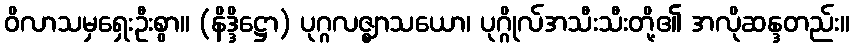
ဝိလာသမှရှေးဦးစွာ။ (နိဒ္ဒိဋ္ဌော) ပုဂ္ဂလဇ္ဈာသယော၊ ပုဂ္ဂိုလ်အသီးသီးတို့၏ အလိုဆန္ဒတည်း။